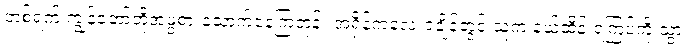
တစ်ရက် ကျွန်တော်တို့အဖွဲ့စားသောက်နေကြတုန်း အရှိန်ကလေးရချိန်တွင် သူက နယ်ထိန်းရဲကြပ်ကို သွား